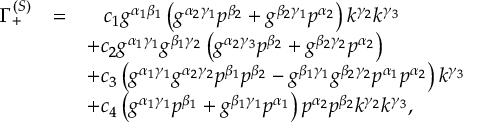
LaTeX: \begin{array} { r c l } { { \Gamma _ { + } ^ { ( S ) } } } & { { = } } & { { \; \; \; c _ { 1 } g ^ { \alpha _ { 1 } \beta _ { 1 } } \left( g ^ { \alpha _ { 2 } \gamma _ { 1 } } p ^ { \beta _ { 2 } } + g ^ { \beta _ { 2 } \gamma _ { 1 } } p ^ { \alpha _ { 2 } } \right) k ^ { \gamma _ { 2 } } k ^ { \gamma _ { 3 } } } } \\ { { } } & { { } } & { { + c _ { 2 } g ^ { \alpha _ { 1 } \gamma _ { 1 } } g ^ { \beta _ { 1 } \gamma _ { 2 } } \left( g ^ { \alpha _ { 2 } \gamma _ { 3 } } p ^ { \beta _ { 2 } } + g ^ { \beta _ { 2 } \gamma _ { 2 } } p ^ { \alpha _ { 2 } } \right) } } \\ { { } } & { { } } & { { + c _ { 3 } \left( g ^ { \alpha _ { 1 } \gamma _ { 1 } } g ^ { \alpha _ { 2 } \gamma _ { 2 } } p ^ { \beta _ { 1 } } p ^ { \beta _ { 2 } } - g ^ { \beta _ { 1 } \gamma _ { 1 } } g ^ { \beta _ { 2 } \gamma _ { 2 } } p ^ { \alpha _ { 1 } } p ^ { \alpha _ { 2 } } \right) k ^ { \gamma _ { 3 } } } } \\ { { } } & { { } } & { { + c _ { 4 } \left( g ^ { \alpha _ { 1 } \gamma _ { 1 } } p ^ { \beta _ { 1 } } + g ^ { \beta _ { 1 } \gamma _ { 1 } } p ^ { \alpha _ { 1 } } \right) p ^ { \alpha _ { 2 } } p ^ { \beta _ { 2 } } k ^ { \gamma _ { 2 } } k ^ { \gamma _ { 3 } } , } } \end{array}